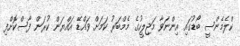
ކްލެމެންސީ ބޯޑުގައި އިންނަވާ މަޖިލީހުގެ މެމްބަރު ކަމަށް ވައްޑޭ އައްޔަން ކުރަން ފާސްކޮށްފި